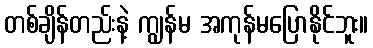
တစ်ချိန်တည်းနဲ့ ကျွန်မ အကုန်မပြောနိုင်ဘူး။